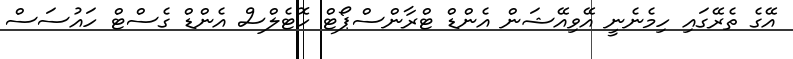
އޭގެ ތެރޭގައި ހިމެނެނީ އޭވިއޭޝަން އެންޑް ޓްރާންސްޕޯޓް ހޮޓެލްސް އެންޑް ގެސްޓް ހައުސަސް